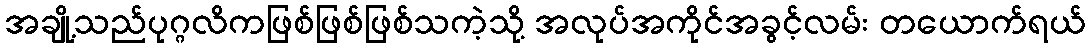
အချို့သည်ပုဂ္ဂလိကဖြစ်ဖြစ်ဖြစ်သကဲ့သို့ အလုပ်အကိုင်အခွင့်လမ်း တယောက်ရယ်